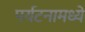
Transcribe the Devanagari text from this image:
पर्यटनामध्ये